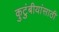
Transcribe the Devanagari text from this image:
कुटुंबीयांसाठी